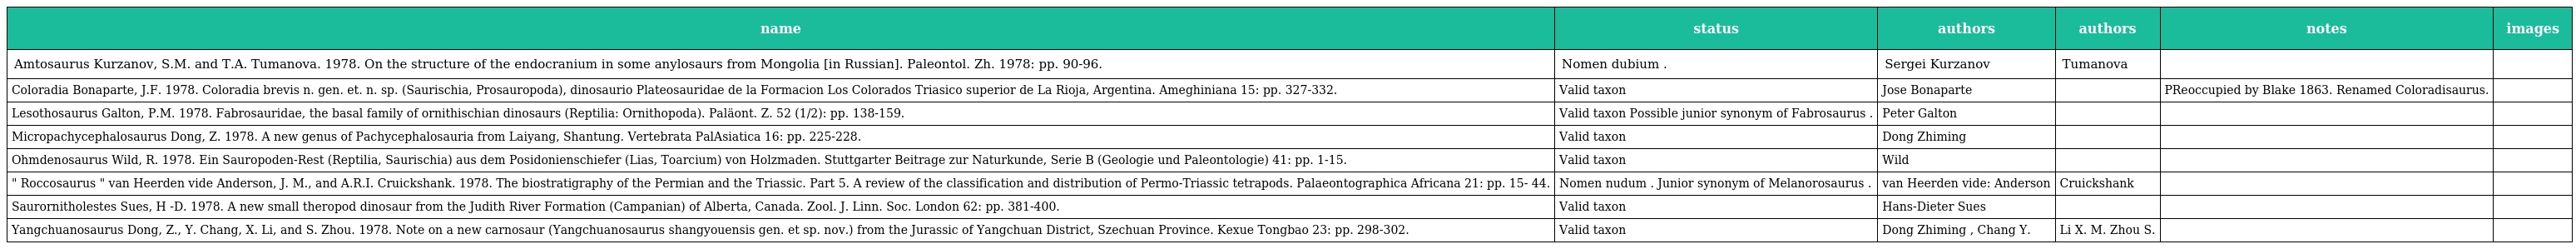
| name | status | authors | authors | notes | images |
 | --- | --- | --- | --- | --- | --- |
 | Amtosaurus Kurzanov, S.M. and T.A. Tumanova. 1978. On the structure of the endocranium in some anylosaurs from Mongolia [in Russian]. Paleontol. Zh. 1978: pp. 90-96. | Nomen dubium . | Sergei Kurzanov | Tumanova |  |  |
 | Coloradia Bonaparte, J.F. 1978. Coloradia brevis n. gen. et. n. sp. (Saurischia, Prosauropoda), dinosaurio Plateosauridae de la Formacion Los Colorados Triasico superior de La Rioja, Argentina. Ameghiniana 15: pp. 327-332. | Valid taxon | Jose Bonaparte |  | PReoccupied by Blake 1863. Renamed Coloradisaurus. |  |
 | Lesothosaurus Galton, P.M. 1978. Fabrosauridae, the basal family of ornithischian dinosaurs (Reptilia: Ornithopoda). Paläont. Z. 52 (1/2): pp. 138-159. | Valid taxon Possible junior synonym of Fabrosaurus . | Peter Galton |  |  |  |
 | Micropachycephalosaurus Dong, Z. 1978. A new genus of Pachycephalosauria from Laiyang, Shantung. Vertebrata PalAsiatica 16: pp. 225-228. | Valid taxon | Dong Zhiming |  |  |  |
 | Ohmdenosaurus Wild, R. 1978. Ein Sauropoden-Rest (Reptilia, Saurischia) aus dem Posidonienschiefer (Lias, Toarcium) von Holzmaden. Stuttgarter Beitrage zur Naturkunde, Serie B (Geologie und Paleontologie) 41: pp. 1-15. | Valid taxon | Wild |  |  |  |
 | " Roccosaurus " van Heerden vide Anderson, J. M., and A.R.I. Cruickshank. 1978. The biostratigraphy of the Permian and the Triassic. Part 5. A review of the classification and distribution of Permo-Triassic tetrapods. Palaeontographica Africana 21: pp. 15- 44. | Nomen nudum . Junior synonym of Melanorosaurus . | van Heerden vide: Anderson | Cruickshank |  |  |
 | Saurornitholestes Sues, H -D. 1978. A new small theropod dinosaur from the Judith River Formation (Campanian) of Alberta, Canada. Zool. J. Linn. Soc. London 62: pp. 381-400. | Valid taxon | Hans-Dieter Sues |  |  |  |
 | Yangchuanosaurus Dong, Z., Y. Chang, X. Li, and S. Zhou. 1978. Note on a new carnosaur (Yangchuanosaurus shangyouensis gen. et sp. nov.) from the Jurassic of Yangchuan District, Szechuan Province. Kexue Tongbao 23: pp. 298-302. | Valid taxon | Dong Zhiming , Chang Y. | Li X. M. Zhou S. |  |  |